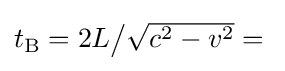
{\textstyle t_{\text{B}}=2L{\big /}{\sqrt {c^{2}-v^{2}}}={}}